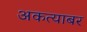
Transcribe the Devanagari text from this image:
अकत्याबर